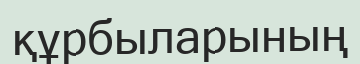
құрбыларының